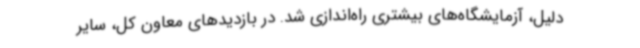
دلیل، آزمایشگاه‌های بیشتری راه‌اندازی شد. در بازدیدهای معاون کل، سایر